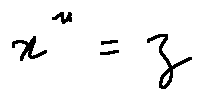
x ^ { n } = z